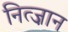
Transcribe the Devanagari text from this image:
नित्ज़ान